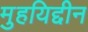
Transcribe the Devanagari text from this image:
मुहयिद्दीन